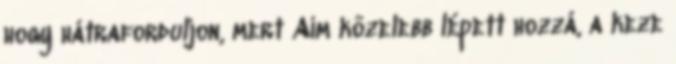
hogy hátraforduljon, mert Aim közelebb lépett hozzá, a keze